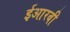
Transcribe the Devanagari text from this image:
ईआरबी